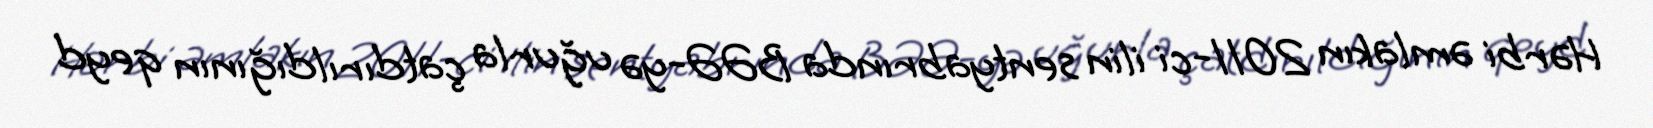
Hərbi əmlakın 2011-ci ilin sentyabrında BƏƏ-yə uğurla çatdırıldığının qeyd